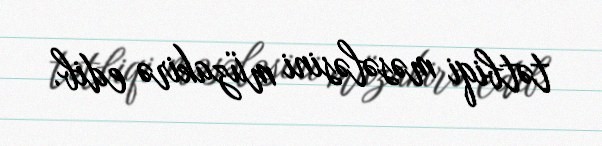
tətbiqi məsələsini müzakirə edib.